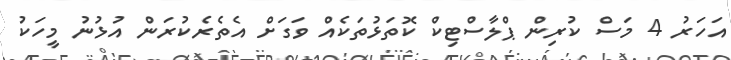
އަހަރު 4 މަސް ކުރިން ޕްލާސްޓިކް ކޮތަޅުތަކެއް ވަގަށް އެތެރެކުރަން އުޅުނު މީހަކު